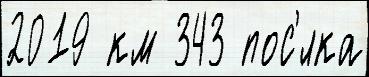
2019 км 343 пос'́лка